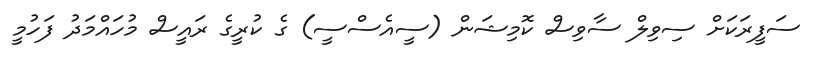
ސަފީރަކަށް ސިވިލް ސާވިސް ކޮމިޝަން (ސީއެސްސީ) ގެ ކުރީގެ ރައީސް މުހައްމަދު ފަހުމީ